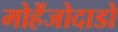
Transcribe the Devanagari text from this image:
मोहेंजोदाडो